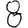
Digit: 8